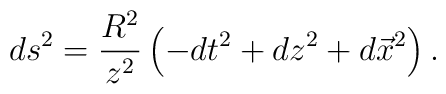
ds^2 = \frac{R^2}{z^2} \left(-dt^2 + dz^2 + d\vec{x}^2 \right).